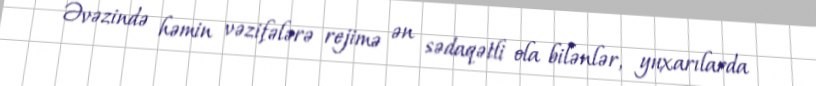
Əvəzində həmin vəzifələrə rejimə ən sədaqətli ola bilənlər, yuxarılarda